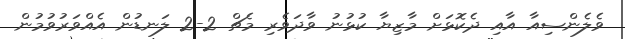
ވެލެންސިއާ އާއި ދެކޮޅަށް މާޒިޔާ ކުޅުނު ވާދަވެރި މެޗް 2-2 ލަނޑުން އެއްވަރުވުމުން